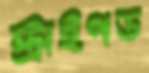
স্ট্রাইপড